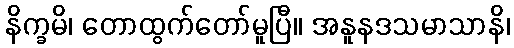
နိက္ခမိ၊ တောထွက်တော်မူပြီ။ အနူနဒသမာသာနိ၊